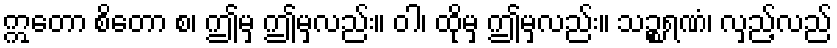
ဣတော စိတော စ၊ ဤမှ ဤမှလည်း။ ဝါ၊ ထိုမှ ဤမှလည်း။ သဉ္စရဏံ၊ လှည့်လည်